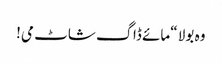
وہ بولا “مائے ڈاگ شاٹ می!